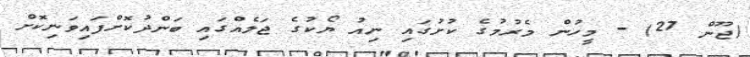
(ޖޫން 27) - މީހުން މެރުމުގެ ކުށުގައި ނިއު ޔޯކުގެ ޖަލެއްގައި ބަންދުކޮށްފައިވަނިކޮށް